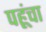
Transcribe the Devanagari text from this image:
पहूंचा